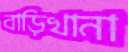
বাড়িখানা